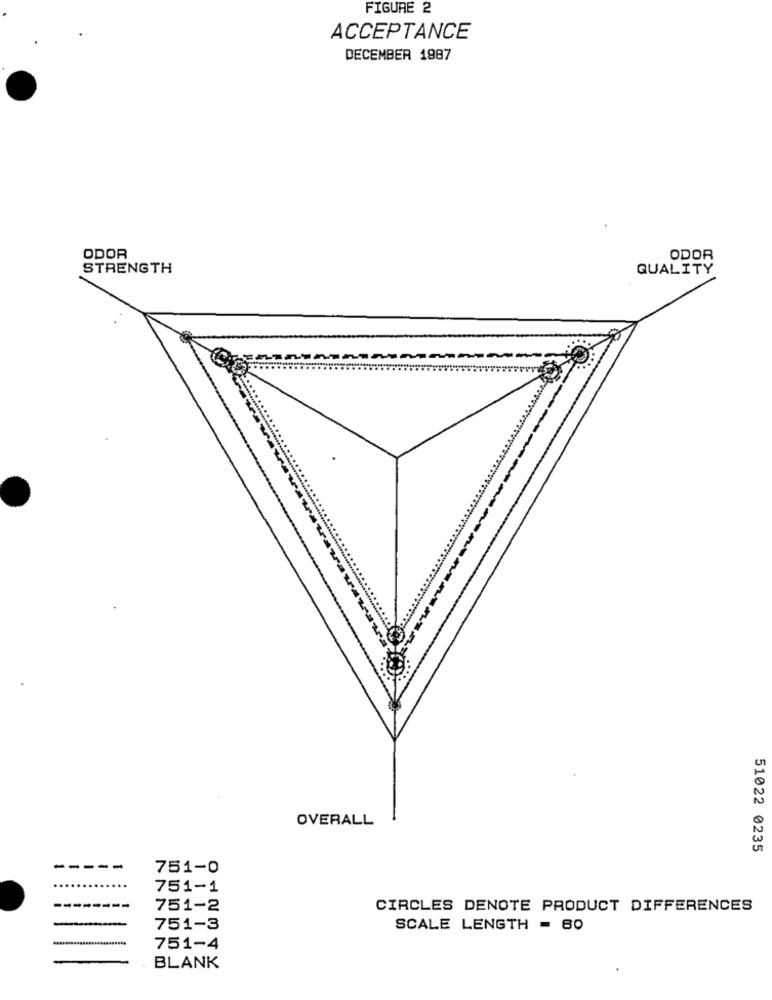
FIGURE 2
ACCEPTANCE
DECEMBER 1987
ODOR
ODOR
STRENGTH
QUALITY
OVERALL
51022 0235
751-0
751-1
751-2
CIRCLES DENOTE PRODUCT DIFFERENCES
751-3
SCALE LENGTH = 60
751-4
BLANK